Indian journal of veterinary science and animal husbandry - Volumes 18-21, 1948-1951
Year: 1948
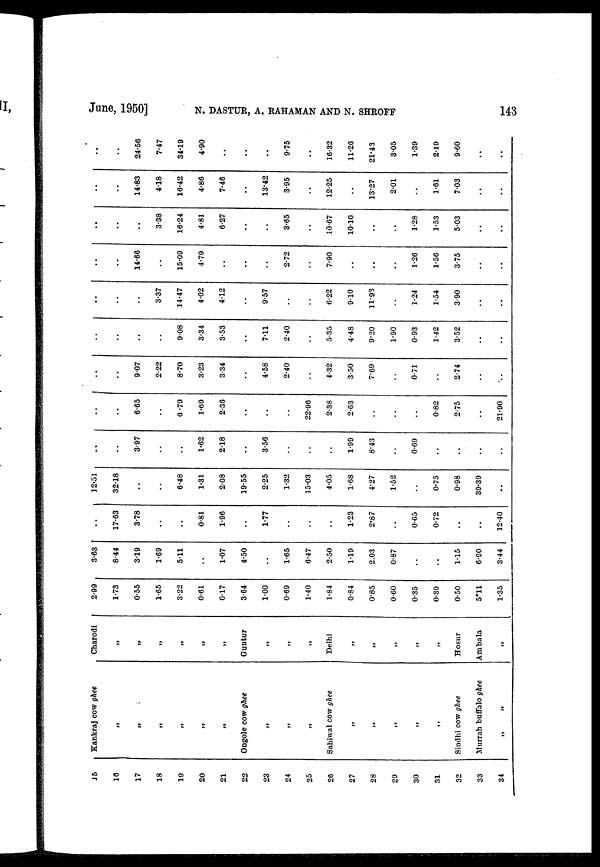
June, 1950] N. DASTUR, A. RAHAMAN AND N. SHROFF 143
15
16
17
18
19
20
21
22
23
24
25
26
27
28
29
30
31
32
33
34
Kankraj cow ghee
„
„
„
„
„
„
Ongole cow ghee
„
„
„
Sahiwal cow ghee
„
„
„
„
„
Sindhi cow ghee
Murrah buffalo ghee
„ „
Charodi
„
„
„
„
„
„
Guntur
„
„
„
Delhi
„
„
„
„
„
Hosur
Ambala
„
2.99
1.73
0.55
1.65
3.22
0.61
0.17
3.64
1.00
0.69
1.40
1.84
0.84
0.85
0.60
0.35
0.39
0.50
5''11
1.35
3.63
8.44
3.19
1.69
5.11
1.07
4.50
1.65
6.47
2.50
1.19
2.03
0.87
..
..
1.15
6.90
3.44
..
17.63
3.78
..
..
0.81
1.96
..
1.77
..
..
..
1.23
2.87
..
0.65
0.72
..
..
12.40
12.51
32.18
..
..
6.48
1.31
2.08
19.55
2.25
1.32
15.03
4.05
1.68
4.27
1.52
..
0.75
0.98
39.39
..
..
..
3.97
..
..
1.62
2.18
..
3.56
..
..
..
1.99
8.43
..
0.69
..
..
..
..
..
..
6.65
..
6.79
1.69
2.36
..
..
..
22.96
2.38
2.63
..
..
..
0.82
2.75
..
21.90
..
..
9.07
2.22
8.70
3.23
3.34
..
4.58
2.40
..
4.32
3.50
7.69
..
0.71
..
2.74
..
..
..
..
..
..
9 08
3.34
3.53
..
7.11
2.40
..
5.35
4.48
9.20
1.90
0.93
1.42
3.52
..
..
..
..
..
3.37
14.47
4.02
4.12
..
9.57
..
..
6.22
9.10
11.93
..
1.24
1.54
3.90
..
..
..
..
14.66
..
15.09
4.79
..
..
2.72
..
7.90
..
..
..
1.26
1.56
3.75
..
..
..
..
3.38
16.24
4.81
6.27
..
..
3.65
..
10.67
10.10
..
..
1.28
1.53
5.03
..
..
..
..
14.83
4.18
16.42
4.86
7.46
..
13.42
3.95
..
12.25
13.27
2.01
..
1.61
7.03
..
..
..
24.56
7.47
34.19
4.90
..
..
..
9.75
..
16.32
11.26
21.43
3.05
1.39
2.19
9.60
..
..